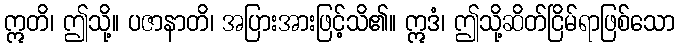
ဣတိ၊ ဤသို့။ ပဇာနာတိ၊ အပြားအားဖြင့်သိ၏။ ဣဒံ၊ ဤသို့ဆိတ်ငြိမ်ရာဖြစ်သော